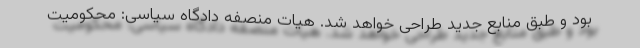
بود و طبق منابع جدید طراحی خواهد شد. هیات منصفه دادگاه سیاسی: محکومیت